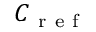
C _ { \mathrm { ~ r ~ e ~ f ~ } }